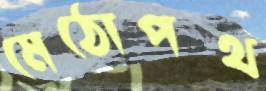
মেঠোপথ